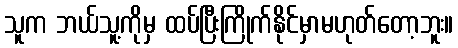
သူက ဘယ်သူ့ကိုမှ ထပ်ပြီးကြိုက်နိုင်မှာမဟုတ်တော့ဘူး။